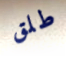
طلق